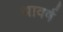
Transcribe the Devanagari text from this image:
थावर्ष